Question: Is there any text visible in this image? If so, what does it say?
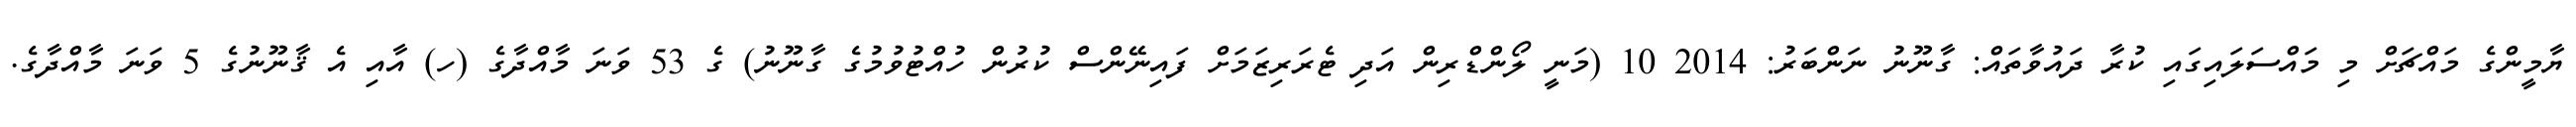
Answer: ޔާމީންގެ މައްޗަށް މި މައްސަލައިގައި ކުރާ ދައުވާތައް: ގާނޫނު ނަންބަރު: 2014 10 (މަނީ ލޯންޑްރިން އަދި ޓެރަރިޒަމަށް ފައިނޭންސް ކުރުން ހުއްޓުވުމުގެ ގާނޫނު) ގެ 53 ވަނަ މާއްދާގެ (ހ) އާއި އެ ޤާނޫނުގެ 5 ވަނަ މާއްދާގެ.